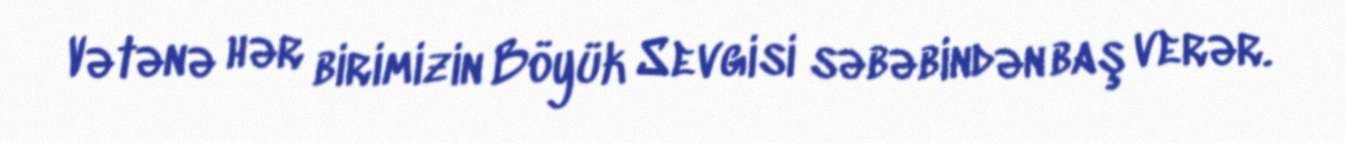
Vətənə hər birimizin Böyük Sevgisi səbəbindən baş verər.